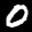
Label: 0